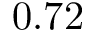
0 . 7 2